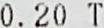
0.20 T